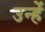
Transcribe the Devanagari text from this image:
उन्हेंं